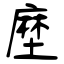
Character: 塺